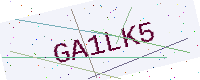
Text: GA1LK5